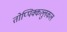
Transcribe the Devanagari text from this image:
तोप्पिक्कल्लुकल